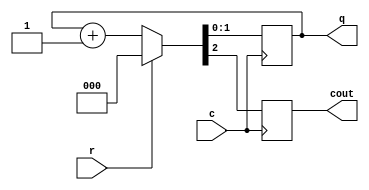
module counter_mod4(c, r, q, cout);
	input c, r;
	output reg[1:0] q;
	output reg cout;
	always @(posedge c)
		if (r)
			{cout, q} <= 0;
		else
			{cout, q} <= q + 1'b1;
endmodule